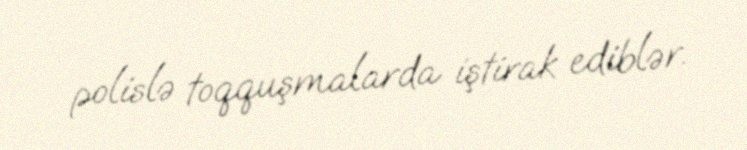
polislə toqquşmalarda iştirak ediblər.